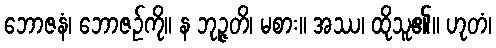
ဘောဇနံ၊ ဘောဇဉ်ကို။ န ဘုဉ္ဇတိ၊ မစား။ အဿ၊ ထိုသူ၏။ ဟုတံ၊